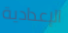
الإعدادية